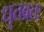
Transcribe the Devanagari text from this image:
धृतव्रतः